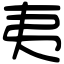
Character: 夷